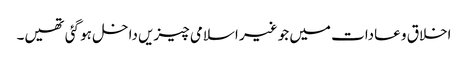
اخلاق و عادات میں جو غیر اسلامی چیزیں داخل ہو گئی تھیں۔